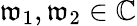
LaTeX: \mathfrak{w}_{1},\mathfrak{w}_{2}\in\mathbb{C}